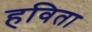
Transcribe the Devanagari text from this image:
हविता